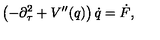
\left( - \partial _ { \tau } ^ { 2 } + V ^ { \prime \prime } ( q ) \right) \dot { q } = \dot { F } ,